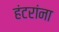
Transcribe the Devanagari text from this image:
हंटरांना